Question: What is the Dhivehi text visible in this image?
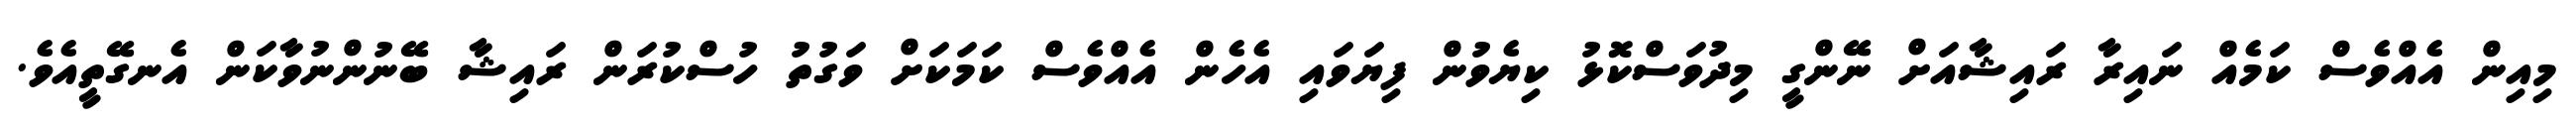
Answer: މިއިން އެއްވެސް ކަމެއް ނައިރާ ރައިޝާއަށް ނޭންގީ މިދުވަސްކޮޅު ކިޔެވުން ފިޔަވައި އެހެން އެއްވެސް ކަމަކަށް ވަގުތު ހުސްކުރަން ރައިޝާ ބޭނުންނުވާކަން އެނގޭތީއެވެ.